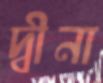
দ্বীনা